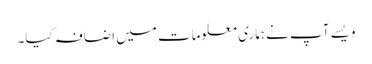
ویسے آپ نے ہماری معلومات میں اضافہ کیا۔